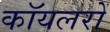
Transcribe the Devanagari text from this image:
कॉयलरों